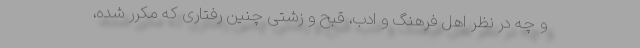
و چه در نظر اهل فرهنگ و ادب، قبح و زشتی چنین رفتاری که مکرر شده،